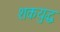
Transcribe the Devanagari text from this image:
शकयुद्ध